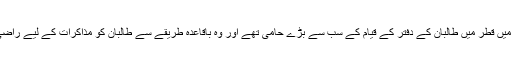
منصور ۲۰۱۳ء میں قطر میں طالبان کے دفتر کے قیام کے سب سے بڑے حامی تھے اور وہ باقاعدہ طریقے سے طالبان کو مذاکرات کے لیے راضی کر رہے تھے۔